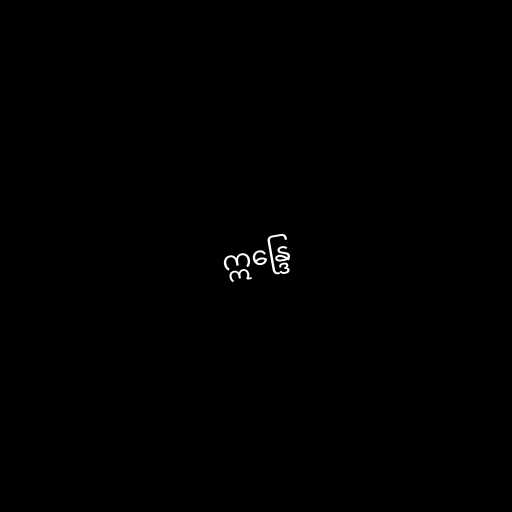
ဣန္ဒြေ